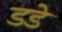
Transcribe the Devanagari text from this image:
डडे